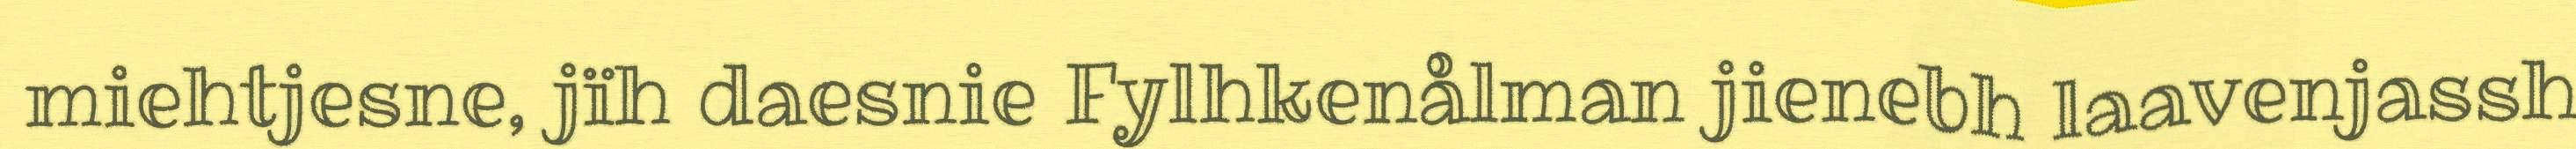
miehtjesne, jïh daesnie Fylhkenålman jienebh laavenjassh